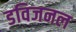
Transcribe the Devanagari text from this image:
डविजनल